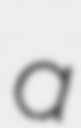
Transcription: a